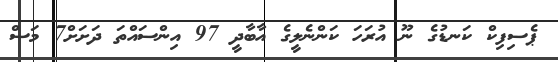
ޕެސިފިކް ކަނޑުގެ ނޫ އުރަހަ ކަންނެލީގެ އާބާދީ 97 އިންސައްތަ ދަށަށް7 މަސް